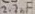
Text: 2.2µF